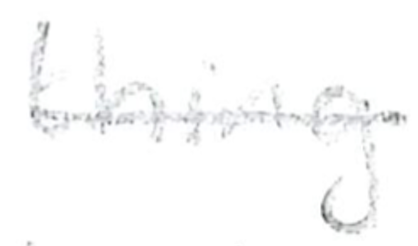
Text: thing
Cross-out: single-line
Writing tool: pencil